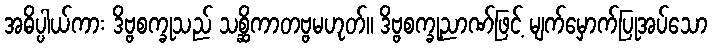
အဓိပ္ပါယ်ကား ဒိဗ္ဗစက္ခုသည် သစ္ဆိကာတဗ္ဗမဟုတ်။ ဒိဗ္ဗစက္ခုညာဏ်ဖြင့် မျက်မှောက်ပြုအပ်သော